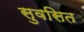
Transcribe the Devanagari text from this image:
सुवसित